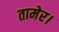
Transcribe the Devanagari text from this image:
तामेर।